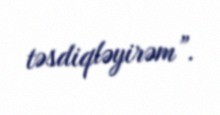
təsdiqləyirəm”.